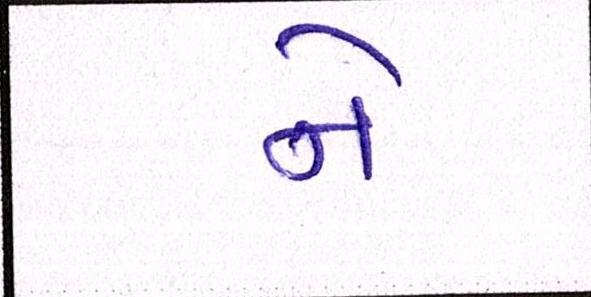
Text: ને